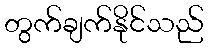
တွက်ချက်နိုင်သည်